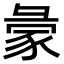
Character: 𧰺